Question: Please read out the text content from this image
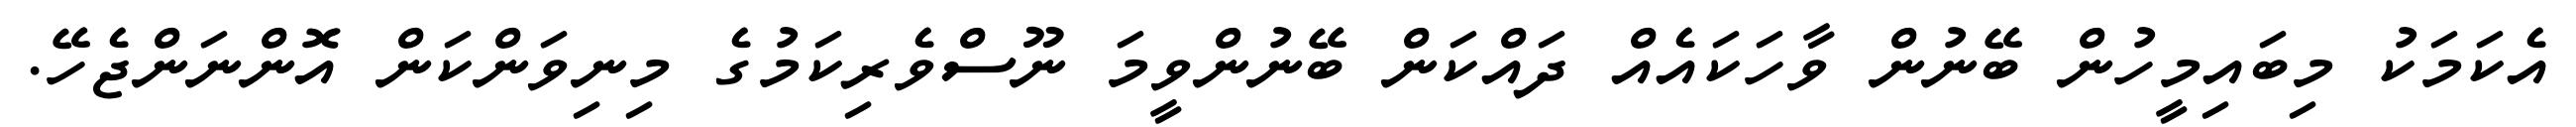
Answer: އެކަމަކު މިބައިމީހުން ބޭނުން ވާހަކައެއް ދައްކަން ބޭނުންވީމަ ނޫސްވެރިކަމުގެ މިނިވަންކަން އޮންނަންޖެހޭ.